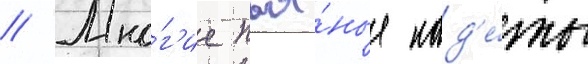
// Мно́г'ие пья́ные кад'е́ты